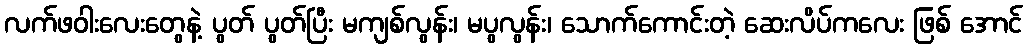
လက်ဖဝါးလေးတွေနဲ့ ပွတ် ပွတ်ပြီး မကျစ်လွန်း၊ မပွလွန်း၊ သောက်ကောင်းတဲ့ ဆေးလိပ်ကလေး ဖြစ် အောင်